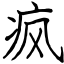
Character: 疯